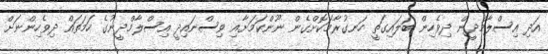
އަދި އިސްލާމްދީން ދިވެހިން ބަލައިގަތީ ހަނގުރާމަކޮށްގެން ނޫންކަމަށާއި ވިސްނައިދީ އިސްލާމްދީނުގެ ހަމަތައް ދިވެހިންނަށް